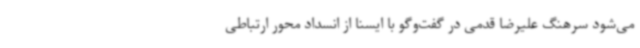
می‌شود سرهنگ علیرضا قدمی در گفت‌وگو با ایسنا از انسداد محور ارتباطی